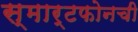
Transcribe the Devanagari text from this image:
स्मार्टफोनची